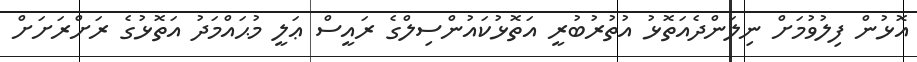
އޮޅުން ފިލުވުމަށް ނިލަންދެއަތޮޅު އުތުރުބުރީ އަތޮޅުކައުންސިލްގެ ރައީސް ޢަލީ މުޙައްމަދު އަތޮޅުގެ ރަށްރަށަށް